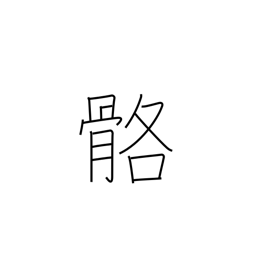
Meaning: bleached bones